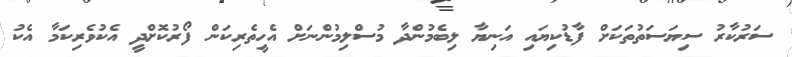
ސަރުކާރު ސިޔަސަތުތަކަށް ފާޑުކިޔައި އަނިޔާ ލިބެމުންދާ މުސްލިމުންނަށް އެހީތެރިކަން ފޯރުކޮށްދީ އެކުވެރިކަމާ އެކު